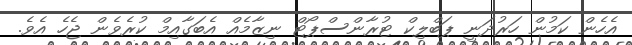
އެހެން ކަމުން ހަރުދަނީ ޕަބްލިކް ޓުރާންސްޕޯޓް ނިޒާމެއް އެބަގާއިމް ކުރެވެން ޖެހެ އެވެ.